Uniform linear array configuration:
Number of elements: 32
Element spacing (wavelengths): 0.75
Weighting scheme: kaiser
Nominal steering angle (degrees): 45
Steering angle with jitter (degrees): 43.25
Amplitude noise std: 0.05
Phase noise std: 0.05

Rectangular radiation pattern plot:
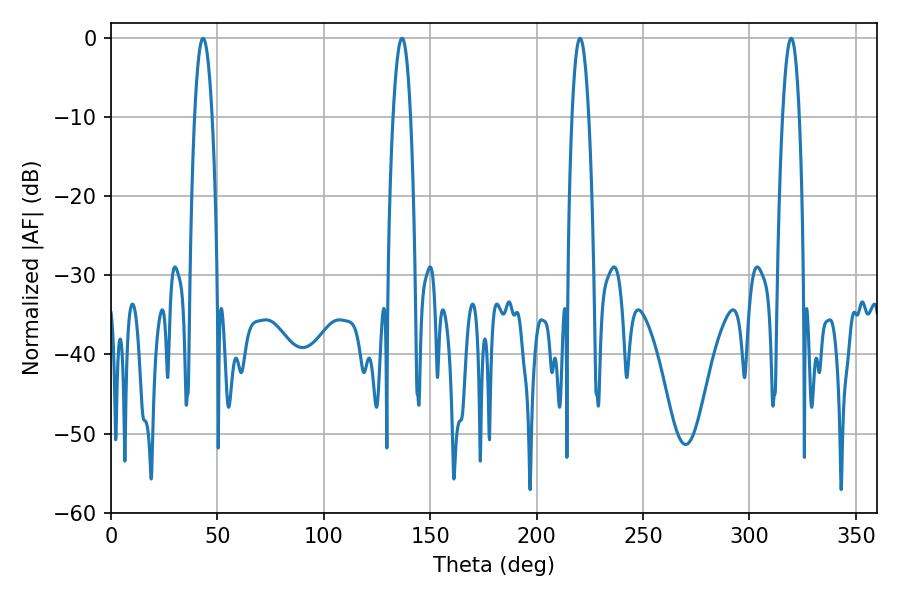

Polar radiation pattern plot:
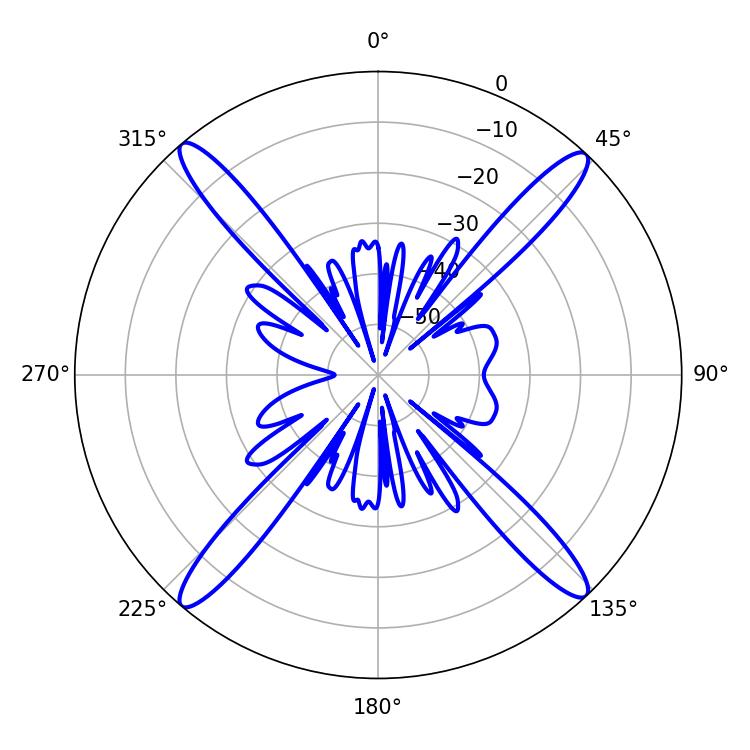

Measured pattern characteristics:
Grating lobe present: TRUE
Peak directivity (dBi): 22.551
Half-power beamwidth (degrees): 4.5
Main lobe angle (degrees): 43.2